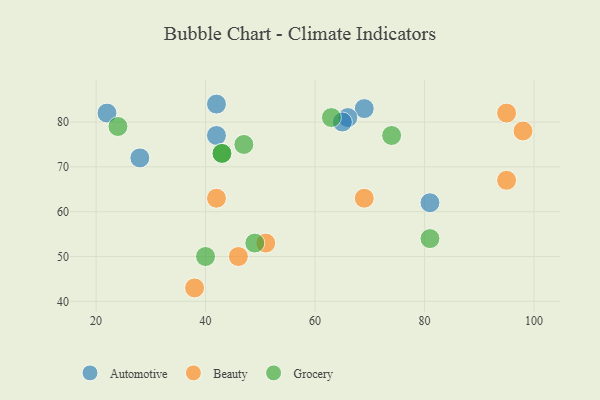
{"axis": {"x": "GDP", "y": "Life Expectancy"}, "legend": ["Automotive", "Beauty", "Grocery"], "data": [{"x": "69", "y": 83, "type": "Automotive"}, {"x": "81", "y": 62, "type": "Automotive"}, {"x": "42", "y": 77, "type": "Automotive"}, {"x": "22", "y": 82, "type": "Automotive"}, {"x": "28", "y": 72, "type": "Automotive"}, {"x": "66", "y": 81, "type": "Automotive"}, {"x": "65", "y": 80, "type": "Automotive"}, {"x": "42", "y": 84, "type": "Automotive"}, {"x": "98", "y": 78, "type": "Beauty"}, {"x": "42", "y": 63, "type": "Beauty"}, {"x": "46", "y": 50, "type": "Beauty"}, {"x": "95", "y": 82, "type": "Beauty"}, {"x": "95", "y": 67, "type": "Beauty"}, {"x": "69", "y": 63, "type": "Beauty"}, {"x": "51", "y": 53, "type": "Beauty"}, {"x": "38", "y": 43, "type": "Beauty"}, {"x": "43", "y": 73, "type": "Grocery"}, {"x": "47", "y": 75, "type": "Grocery"}, {"x": "49", "y": 53, "type": "Grocery"}, {"x": "43", "y": 73, "type": "Grocery"}, {"x": "81", "y": 54, "type": "Grocery"}, {"x": "40", "y": 50, "type": "Grocery"}, {"x": "24", "y": 79, "type": "Grocery"}, {"x": "63", "y": 81, "type": "Grocery"}, {"x": "74", "y": 77, "type": "Grocery"}]}